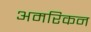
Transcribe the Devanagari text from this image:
अमरिकन